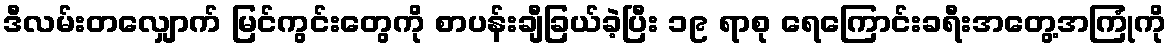
ဒီလမ်းတလျှောက် မြင်ကွင်းတွေကို စာပန်းချီခြယ်ခဲ့ပြီး ၁၉ ရာစု ရေကြောင်းခရီးအတွေ့အကြုံကို